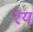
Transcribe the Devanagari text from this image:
रय